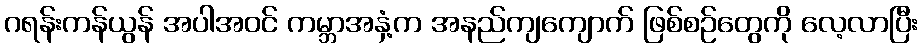
ဂရန်းကန်ယွန် အပါအဝင် ကမ္ဘာအနှံ့က အနည်ကျကျောက် ဖြစ်စဉ်တွေကို လေ့လာပြီး